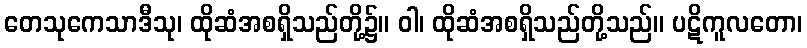
တေသုကေသာဒီသု၊ ထိုဆံအစရှိသည်တို့၌။ ဝါ၊ ထိုဆံအစရှိသည်တို့သည်။ ပဋိကူလတော၊